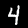
Label: 4